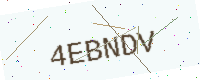
Text: 4EBNDV